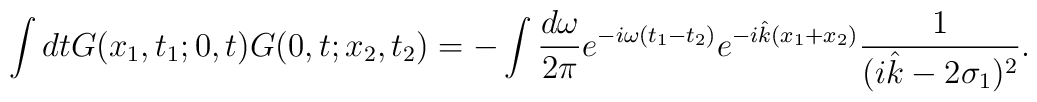
\int dtG(x_{1},t_{1};0,t)G(0,t;x_{2},t_{2})=-\int\frac{d\omega}{2\pi}e^{-i\omega(t_{1}-t_{2})}e^{-i\hat{k}(x_{1}+x_{2})}\frac{1}{(i\hat{k}-2\sigma_{1})^{2}}.